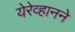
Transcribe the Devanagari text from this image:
येरेव्हानने